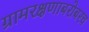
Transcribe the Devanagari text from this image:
ग्रामरक्षणाबरोबरच